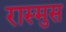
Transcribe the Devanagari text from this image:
रास्मुस